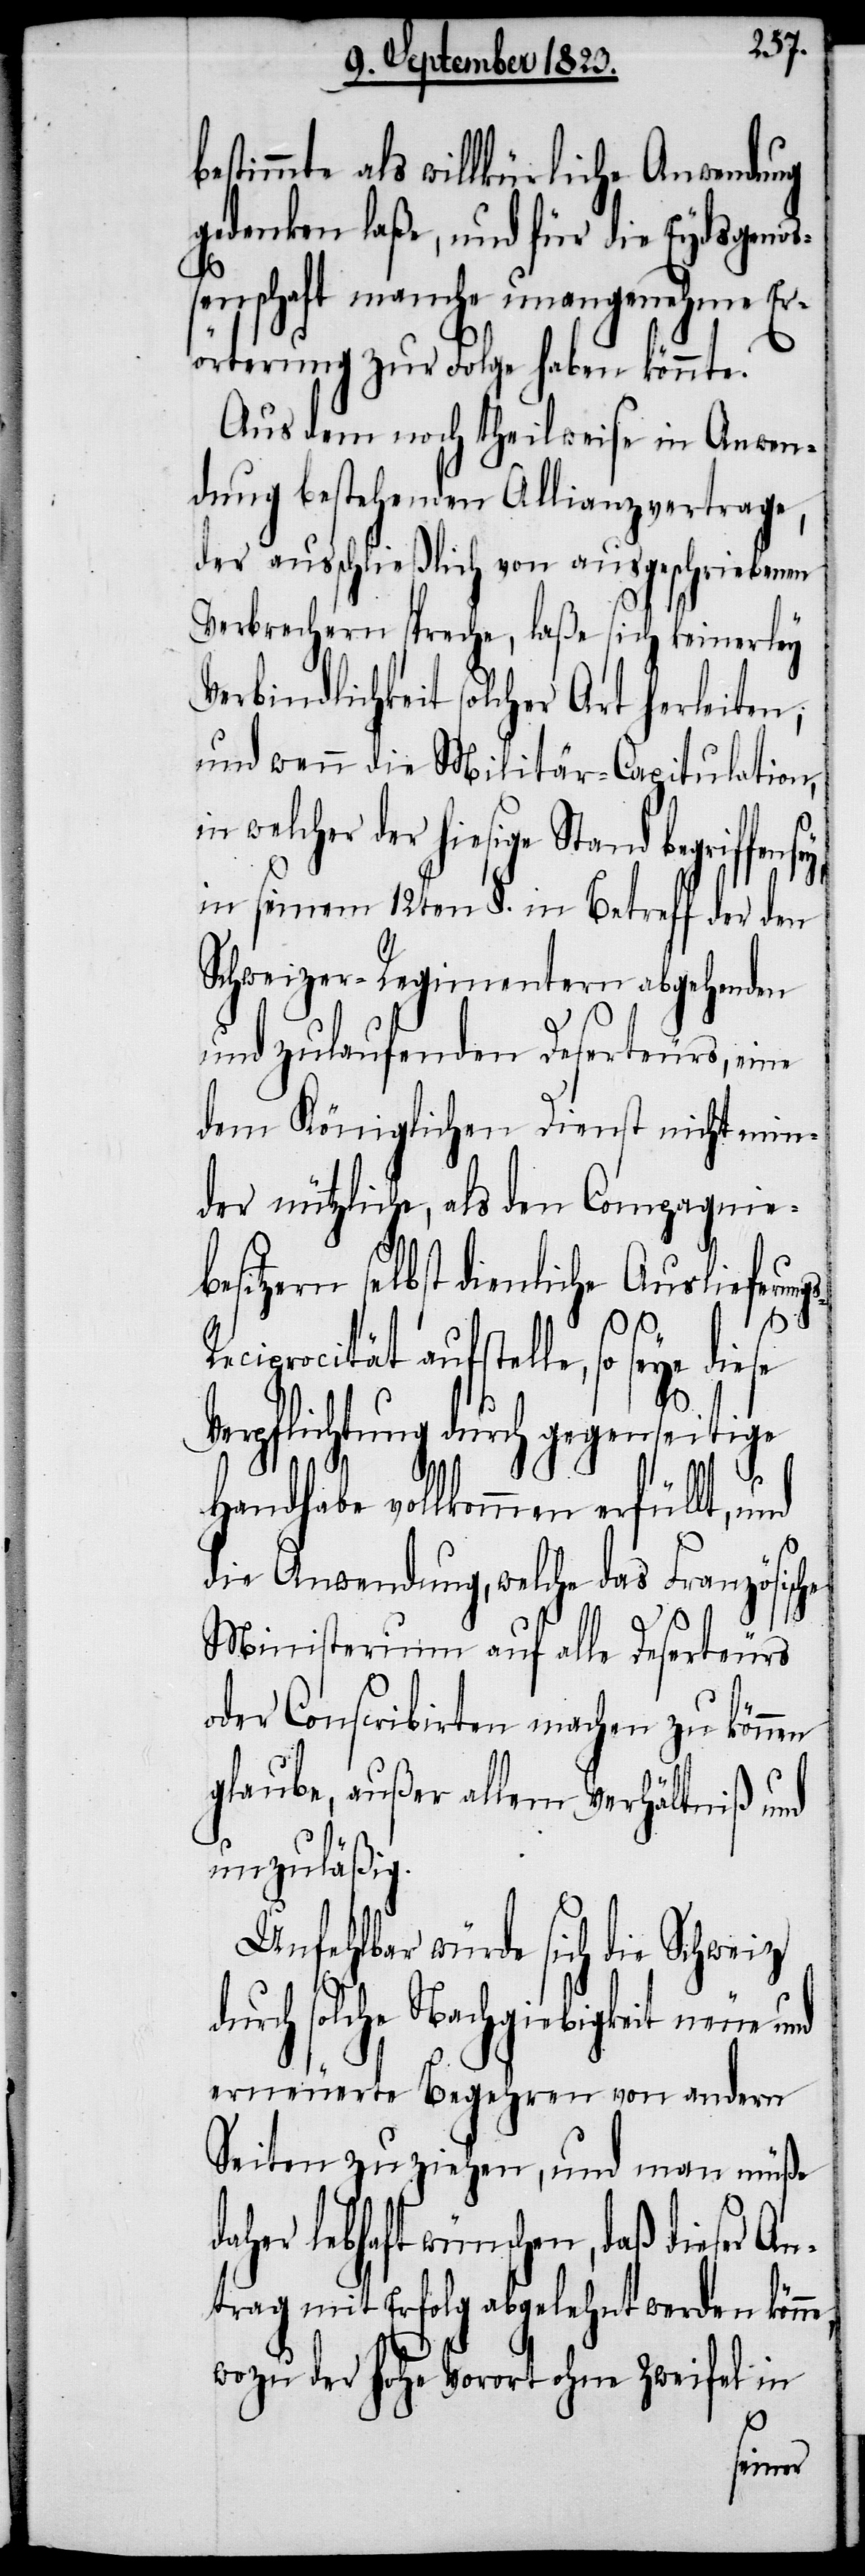
e,
estimmte als willkürliche Anwendung
gedenken laße, und für die Eydsgenoß¬
enschaft manche unangenehme Er¬
örterung zur Folge haben könnte.
Aus dem noch theilweise in Anwen¬
dung bestehenden Allianzvertrage,
der ausschließlich von ausgeschriebenen
Verbrechern spreche, laße sich keinerley
Verbindlichkeit solcher Art herleiten;
und wenn die Militär-Capitulation,
in welcher der hiesige Stand begriffen
in seinem 12ten §. in Betreff der den
Schweizer-Regimentern abgehenden
und zulaufenden Deserteurs, eine
dem Königlichen Dienst nicht min¬
der nützliche, als den Compagnieb¬
esitzern selbst dienliche Auslieferun¬
ciprocität aufstelle, so seye
Verpflichtung durch gegenseitige
g¬
Handhabe vollkommen erfüllt,
die Anwendung, welche das Französische
Ministerium auf alle Deserteurs
oder Conscribirten machen zu können
glaube, außer allem Verhältniß und
unzuläßig.
Unfehlbar würde sich die Schweiz
durch solche Nachgiebigkeit neue und
erneuerte Begehren von andern
Seiten zuziehen, und man müße
lebhaft wünschen, daß dieser An¬
trag mit Erfolg abgelehnt werden könn¬
wozu der hohe Vorort ohne Zweifel in
s-Re¬